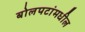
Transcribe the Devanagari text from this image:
बोलपटांमधील